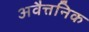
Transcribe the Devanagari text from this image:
अवैत्तनिक